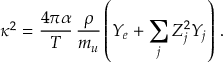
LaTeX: \kappa ^ { 2 } = \frac { 4 \pi \alpha } { T } \, \frac { \rho } { m _ { u } } \left( Y _ { e } + \sum _ { j } Z _ { j } ^ { 2 } Y _ { j } \right) \, .